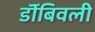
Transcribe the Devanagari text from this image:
डॊंबिवली